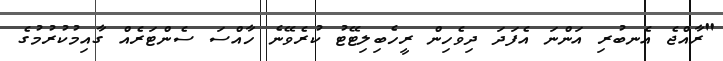
"ރާއްޖެ އެނބުރި އަންނަ އެފަދަ ދިވެހިން ރީހެބިލިޓޭޓު ކުރެވޭނެ ހާއްސަ ސެންޓަރެއް ގާއިމުކުރުމުގެ